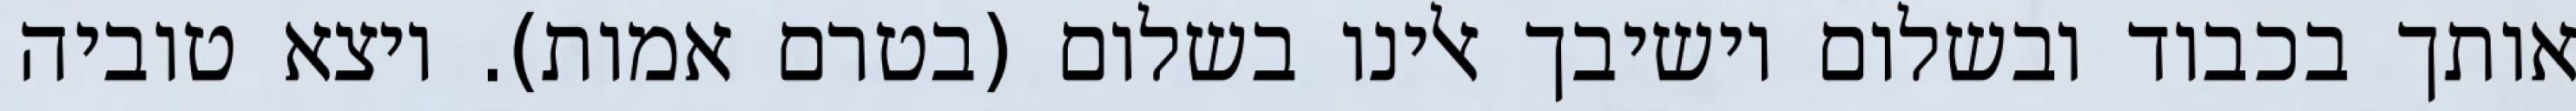
אותך בכבוד ובשלום וישיבך אלינו בשלום (בטרם אמות). ויצא טוביה